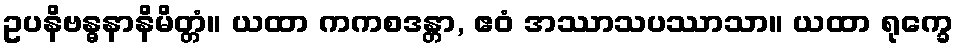
ဥပနိဗန္ဓနာနိမိတ္တံ။ ယထာ ကကစဒန္တာ, ဧဝံ အဿာသပဿာသာ။ ယထာ ရုက္ခေ